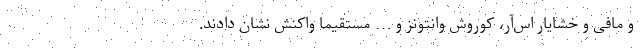
و مافی و خشایار اس‌آر، کوروش وانتونز و … مستقیما واکنش نشان دادند.